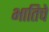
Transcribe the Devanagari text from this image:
भातिचे